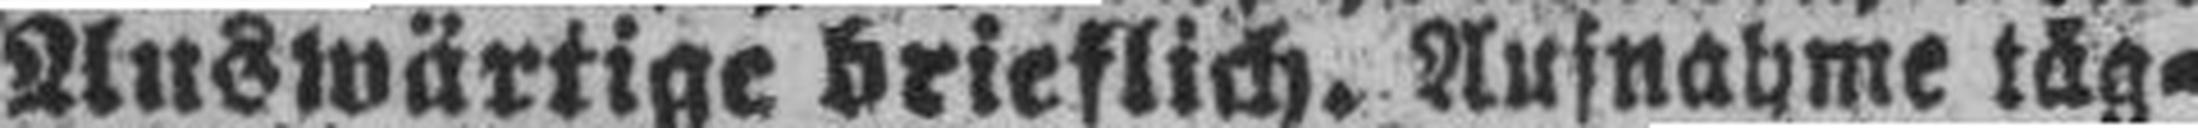
Auswärtige brieflich. Aufnahme täg¬